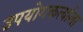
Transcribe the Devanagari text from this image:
उपयोगकर्त्याला